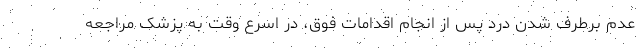
عدم برطرف شدن درد پس از انجام اقدامات فوق، در اسرع وقت به پزشک مراجعه